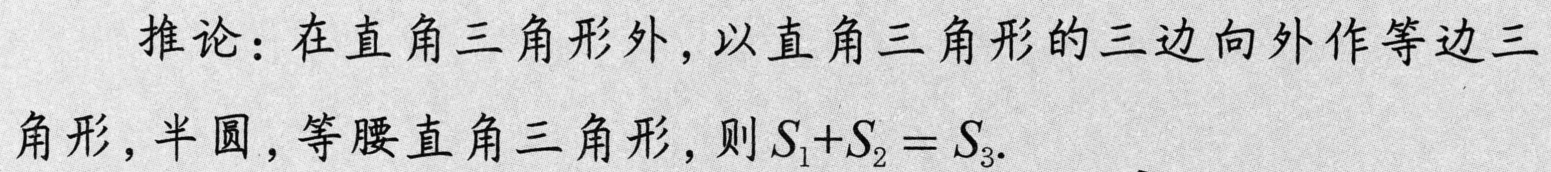
推论：在直角三角形外，以直角三角形的三边向外作等边三
角形，半圆，等腰直角三角形，则 \(S_{1} + S_{2} = S_{3}\).